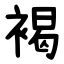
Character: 褐